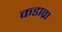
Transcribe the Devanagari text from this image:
कडाव्रा